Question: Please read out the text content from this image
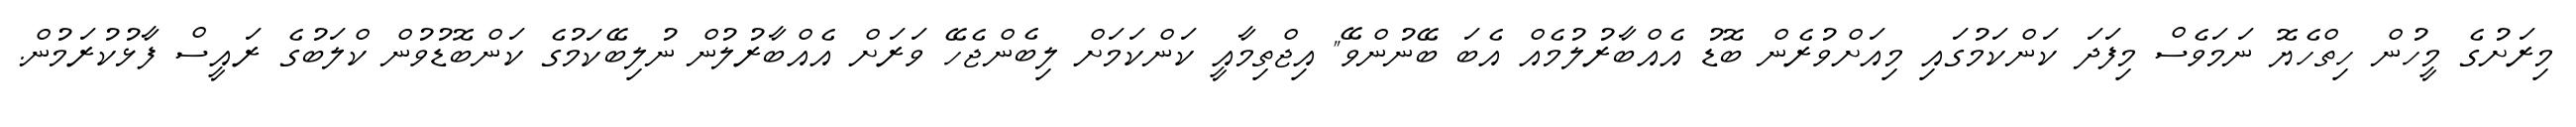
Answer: މިރަށުގެ މީހުން ހިތްހެޔޮ ނަމަވެސް މިފަދަ ކަންކަމުގައި މިއަށްވުރެން ބޮޑު އެއްބާރުލުމެއް އެބަ ބޭނުންވޭ" އިޖްތިމާއީ ކަންކަމަށް ލިބެންޖެހޭ ވަރަށް އެއްބާރުލުން ނުލިބޭކަމުގެ ކަންބޮޑުވުން ކްލަބުގެ ރައީސް ފާޅުކުރަމުން.